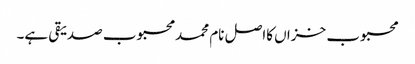
محبوب خزاں کااصل نام محمد محبوب صدیقی ہے۔